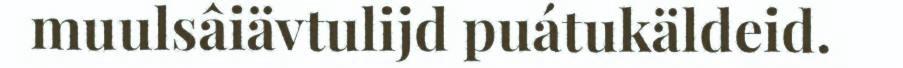
muulsâiävtulijd puátukäldeid.